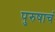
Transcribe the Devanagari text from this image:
पुरुषाचं